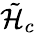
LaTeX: {{\tilde{\cal{H}}}_{c}}